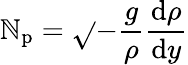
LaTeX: \mathbb{N}_{\mathrm{{p}}}=\sqrt{}{{-\frac{{g}}{{\rho}}\frac{{\mathrm{{d}}\rho}}{{\mathrm{{d}}y}}}}